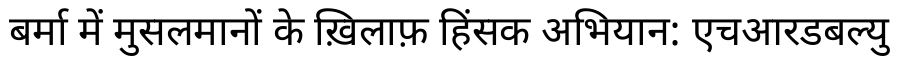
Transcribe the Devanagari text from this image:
बर्मा में मुसलमानों के ख़िलाफ़ हिंसक अभियान: एचआरडबल्यु